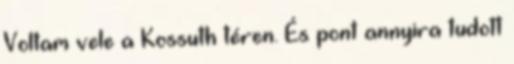
Voltam vele a Kossuth téren. És pont annyira tudott